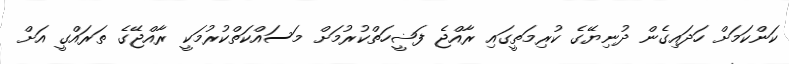
ކަންކަމަށް ހަދައިގެން ދުނިޔޭގެ ކުރިމަތީގައި ރާއްޖެ ފަޟީހަތްކުރުމަށް މަސައްކަތްކުރުމަކީ ރާއްޖޭގެ ތަރައްގީ އަށް